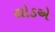
લોડએ